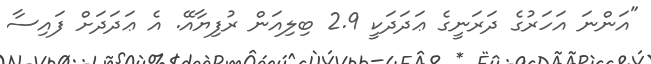
"އަންނަ އަހަރުގެ ދަރަނީގެ ޢަދަދަކީ 2.9 ބިލިއަން ރުފިޔާއޭ. އެ ޢަދަދަށް ފައިސާ